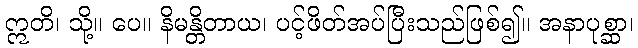
ဣတိ၊ သို့။ ပေ။ နိမန္တိတာယ၊ ပင့်ဖိတ်အပ်ပြီးသည်ဖြစ်၍။ အနာပုစ္ဆာ၊